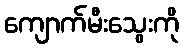
ကျောက်မီးသွေးကို